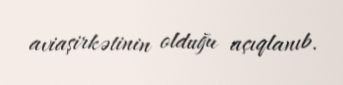
aviaşirkətinin olduğu açıqlanıb.